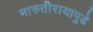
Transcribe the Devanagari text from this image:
मारुतीरायापुढे